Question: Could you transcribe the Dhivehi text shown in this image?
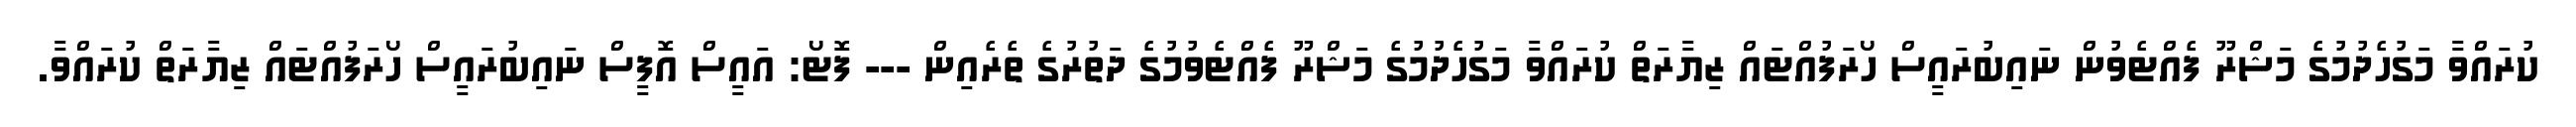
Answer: ކުރައްވާ މަގުހެދުމުގެ މަޝްރޫ ފެއްޓެވުން ނައިބުރައީސް ހޯރަފުއްޓައް ޒިޔާރަތް ކުރައްވާ މަގުހެދުމުގެ މަޝްރޫ ފެއްޓެވުމުގެ ދަތުރުގެ ތެރެއިން --- ފޮޓޯ: އައީސް އޮފީސް ނައިބުރައީސް ހޯރަފުއްޓައް ޒިޔާރަތް ކުރައްވާ.